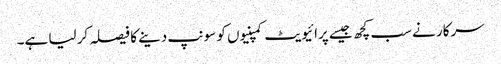
سرکار نے سب کچھ جیسے پرائیویٹ کمپنیوں کو سونپ دینے کا فیصلہ کر لیا ہے۔